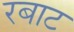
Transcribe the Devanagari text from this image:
रबाट